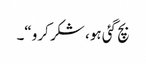
بچ گئی ہو، شکر کرو“۔